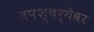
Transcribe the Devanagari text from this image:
तपश्चर्येवर